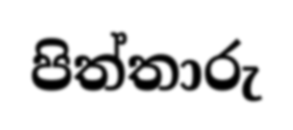
පිත්තාරු